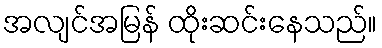
အလျင်အမြန် ထိုးဆင်းနေသည်။